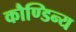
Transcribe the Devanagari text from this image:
कौण्डिन्य